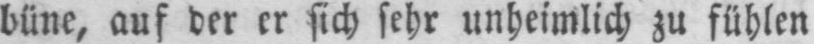
büne, auf der er sich sehr unheimlich zu fühlen